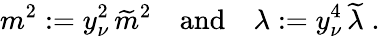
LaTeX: m^{2}:=y_{\nu}^{2}\, \widetilde m^{2}\quad\mathrm{and}\quad\lambda:=y_{\nu}^{4}\, \widetilde\lambda\; .